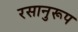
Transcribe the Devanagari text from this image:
रसानुरूप